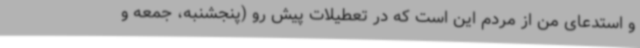
و استدعای من از مردم این است که در تعطیلات پیش رو (پنجشنبه، جمعه و